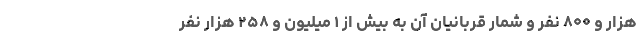
هزار و ۸۰۰ نفر و شمار قربانیان آن به بیش از ۱ میلیون و ۲۵۸ هزار نفر